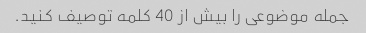
جمله موضوعی را بیش از 40 کلمه توصیف کنید.